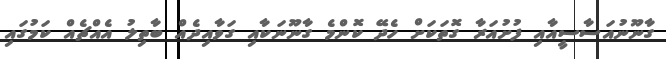
ގާނޫނުއަސާސީއާއި ފުށުއަރާ ގޮތަކަށް ހެދޭ ކޮންމެ ގާނޫނަކާއި ގަވާއިދެއް ބާތިލު އެއްޗެއް ކަމުގައި